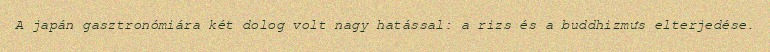
A japán gasztronómiára két dolog volt nagy hatással: a rizs és a buddhizmus elterjedése.